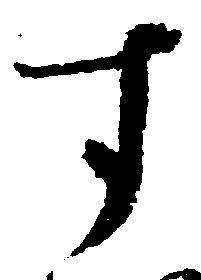
す